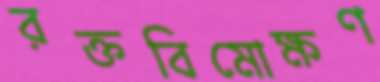
রক্তবিমোক্ষণ